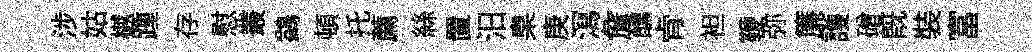
涉姑樾踵存慰叢鷁頓托薦絲置汨臬庚㵼詹醺肻袒鞭弥簾護磳旣裝富